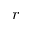
r